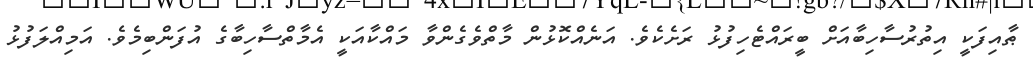
ޠާއިފަކީ އިތުރުސާހިބާއަށް ބީރައްޓެހިފުޅު ރަށެކެވެ. އަނެއްކޮޅުން މާތްވެގެންވާ މައްކާއަކީ އެމާތްސާހިބާގެ އުފަންބިމެވެ. އަމިއްލަފުޅު